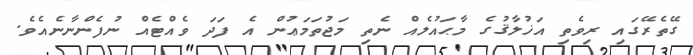
ގޭތެރޭގައި ރިވެތި އަޚުލާޤުގެ މާޙައުލެއް ނެތި މަޖުތަމަޢުން އެ ފަދަ ވެއްޓެއް ނުފެންނާނެއެވެ.